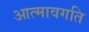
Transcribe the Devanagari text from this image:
आत्मावगति